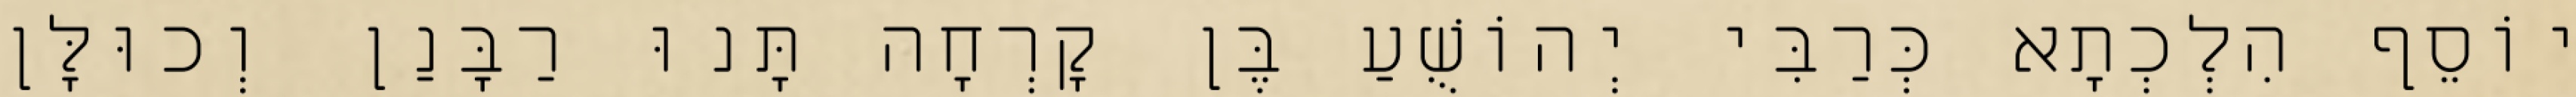
יוֹסֵף הִלְכְתָא כְּרַבִּי יְהוֹשֻׁעַ בֶּן קׇרְחָה תָּנוּ רַבָּנַן וְכוּלָּן